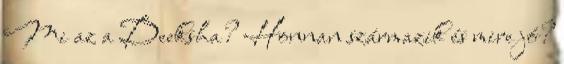
Mi az a Deeksha? Honnan származik és mire jó?